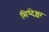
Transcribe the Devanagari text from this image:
सिध्देश्चर